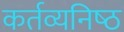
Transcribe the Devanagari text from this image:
कर्तव्‍यनिष्‍ठ